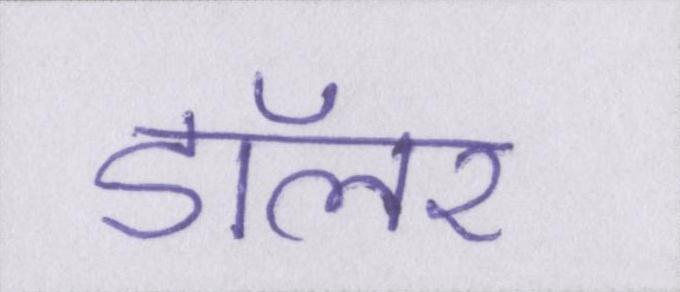
डॉलर